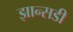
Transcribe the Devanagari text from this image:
झान्सडी